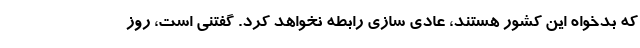
که بدخواه این کشور هستند، عادی سازی رابطه نخواهد کرد. گفتنی است، روز